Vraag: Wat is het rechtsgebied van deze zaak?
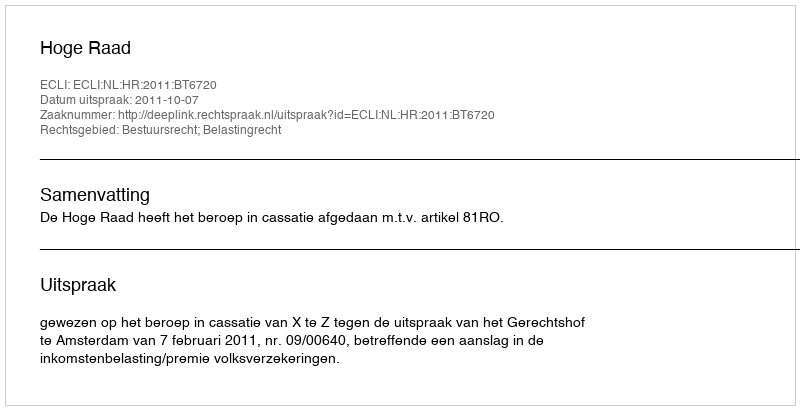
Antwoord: Bestuursrecht; Belastingrecht